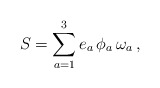
\begin{align*}S =\sum_{a=1}^3 e_a\,\phi_{a} \,\omega_a \,,\end{align*}